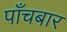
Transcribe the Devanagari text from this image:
पाँचबार